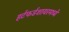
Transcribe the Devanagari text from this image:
हर्टफर्डशायरमध्ये